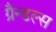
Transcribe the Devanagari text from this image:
ग्रैन्डल्स